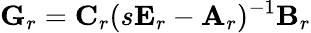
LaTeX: \mathbf{G}_{r}=\mathbf{C}_{r}(s\mathbf{E}_{r}-\mathbf{A}_{r})^{-1}\mathbf{B}_{r}